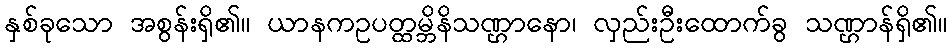
နှစ်ခုသော အစွန်းရှိ၏။ ယာနကဥပတ္ထမ္ဘိနိသဏ္ဌာနော၊ လှည်းဦးထောက်ခွ သဏ္ဌာန်ရှိ၏။